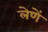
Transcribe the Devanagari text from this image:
लेणें